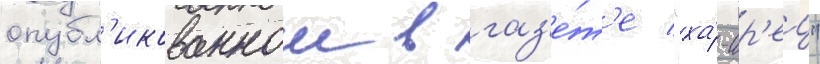
опубл'икованнои в газ'е́т'е "ха́-ар'ец"